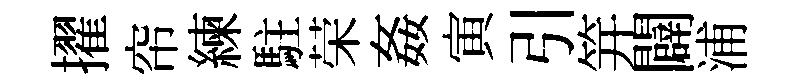
擢帘練駐荣姦寅引笄闢浦